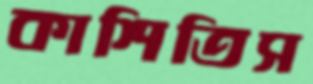
কাশিতিস